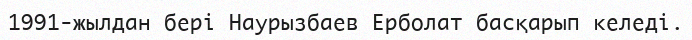
1991-жылдан бері Наурызбаев Ерболат басқарып келеді.